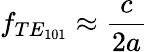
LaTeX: f_{TE_{101}}\approx\frac{c}{2a}